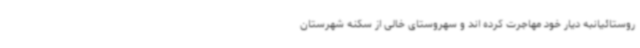
روستائیانبه دیار خود مهاجرت کرده اند و سهروستای خالی از سکنه شهرستان